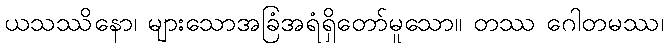
ယသဿိနော၊ များသောအခြံအရံရှိတော်မူသော။ တဿ ဂေါတမဿ၊